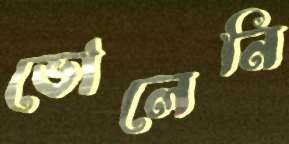
ভোলেনি